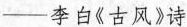
—李白《古风》诗